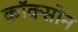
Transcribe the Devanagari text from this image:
कॉक्सोन